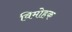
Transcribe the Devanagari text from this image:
विमोहक